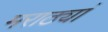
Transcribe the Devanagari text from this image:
मराठ्यां